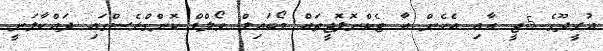
އުރީދޫގެ 5ޖީ އާއި އެހެން އާ ޓެކްނޮލޮޖީތައް މޯބައިލް ވޯލްޑް ކޮންގްރެސްގައި ދައްކާލަނީ